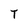
Character: T